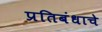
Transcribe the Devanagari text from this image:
प्रतिबंधाचे